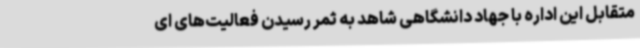
متقابل این اداره با جهاد دانشگاهی شاهد به ثمر رسیدن فعالیت‌های ای